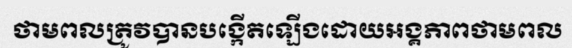
ថាមពលត្រូវបានបង្កើតឡើងដោយអង្គភាពថាមពល